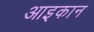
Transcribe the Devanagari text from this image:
आइकान